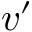
v ^ { \prime }